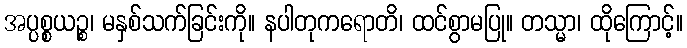
အပ္ပစ္စယဉ္စ၊ မနှစ်သက်ခြင်းကို။ နပါတုကရောတိ၊ ထင်စွာမပြု။ တသ္မာ၊ ထိုကြောင့်။